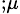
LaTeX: _{;\mu}